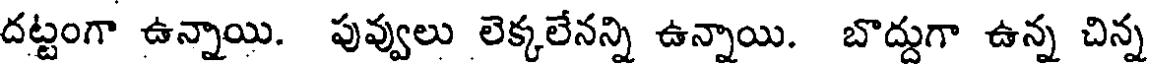
దట్టంగా ఉన్నాయి. పువ్వులు లెక్కలేనన్ని ఉన్నాయి. బొద్దుగా ఉన్న చిన్న